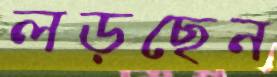
লড়ছেন